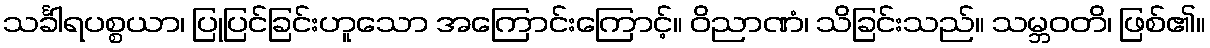
သင်္ခါရပစ္စယာ၊ ပြုပြင်ခြင်းဟူသော အကြောင်းကြောင့်။ ဝိညာဏံ၊ သိခြင်းသည်။ သမ္ဘဝတိ၊ ဖြစ်၏။